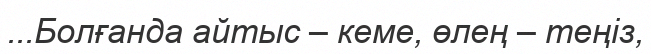
...Болғанда айтыс – кеме, өлең – теңіз,